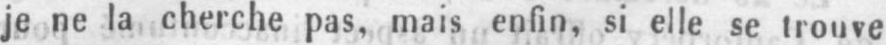
je ne la cherche pas, mais enfin, si elle se trouve